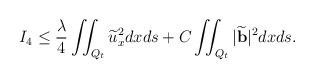
\begin{align*} I_4&\leq \frac\lambda4\iint_{Q_t} \widetilde{u}_x ^2 dxds+C\iint_{Q_t} |\widetilde{\mathbf{b}}|^2 dxds.\end{align*}